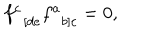
LaTeX: f _ { \; \; \left[ d e \right. } ^ { c } f _ { \; \; \left. b \right] c } ^ { a } = 0 ,